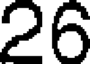
26